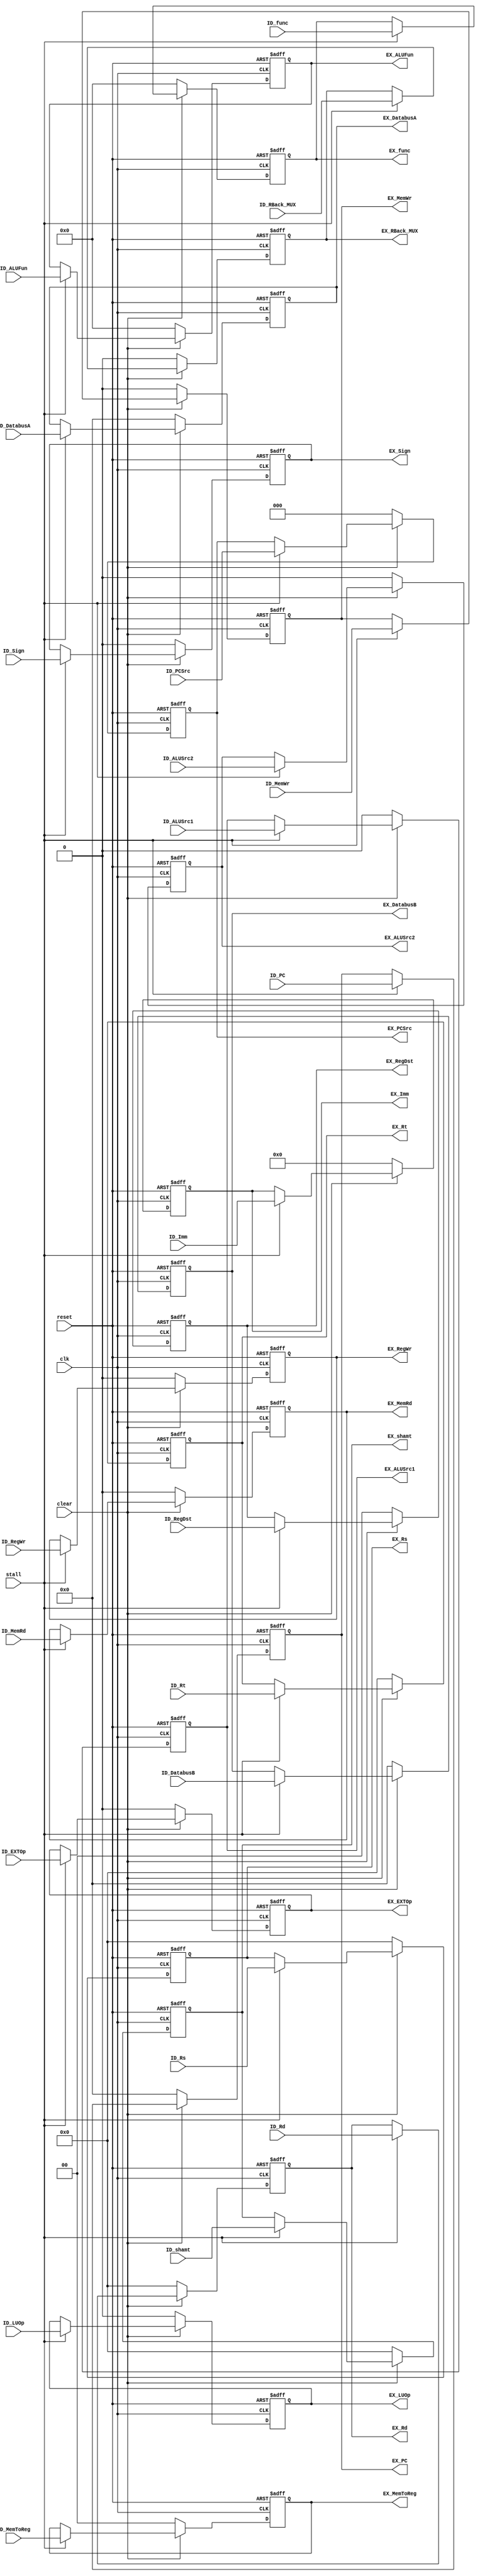
module ID_EX_Reg(  
	input clk,
	input reset,
	input clear,
	input stall,
	input [31:0] ID_PC,
	output reg [31:0] EX_PC,
	input [15:0] ID_Imm,
	output reg [15:0] EX_Imm,
	
	input [4:0] ID_Rs,output reg [4:0] EX_Rs,
	input [4:0] ID_Rt,output reg [4:0] EX_Rt,
	input [4:0] ID_Rd,output reg [4:0] EX_Rd,
	input [4:0] ID_shamt,output reg [4:0] EX_shamt,	
	//input [4:0] ID_WBreg,output [4:0] EX_WBreg
	
	//for EX
	input [5:0] ID_ALUFun,
	input 	    ID_Sign,//ALU,IDcontrol
	input 	    ID_EXTOp,//16 
	input 	    ID_LUOp,//Lui
	input 	    ID_ALUSrc1,
	input 	    ID_ALUSrc2,
	input		ID_RBack_MUX,
	output reg  [5:0]  EX_ALUFun,
	output reg 	EX_Sign,
	output reg 	EX_EXTOp,
	output reg 	EX_LUOp,
	output reg 	EX_ALUSrc1,
	output reg 	EX_ALUSrc2,
	output reg	EX_RBack_MUX,
	
	//for MEM
	input [2:0] ID_PCSrc,
	input ID_MemRd,
	input ID_MemWr,
	output reg [2:0] EX_PCSrc,
	output reg EX_MemRd,
	output reg EX_MemWr,
	
	//for WB
	input [1:0] ID_RegDst,
	input [1:0] ID_MemToReg,
	input       ID_RegWr,
	output reg  [1:0] EX_RegDst,
	output reg  [1:0] EX_MemToReg,
	output reg 	   EX_RegWr,
	
	input [31:0] ID_DatabusA,
	input [31:0] ID_DatabusB,
	output reg [31:0] EX_DatabusA,
	output reg [31:0] EX_DatabusB,
	
	input [5:0] ID_func,
	output reg [5:0] EX_func
	);
	
	always @(posedge clk or negedge reset)
	begin
		if(~reset)
		begin
			EX_PC <= 32'b0;
			EX_Imm <= 16'b0;
			EX_MemToReg <= 2'b0;
			EX_RegWr <= 1'b0;
			EX_PCSrc <= 3'b0;
			EX_MemRd <= 1'b0;
			EX_MemWr <= 1'b0;
			EX_RegDst <= 2'b0;
			EX_ALUFun <= 6'b0;
			EX_Sign <= 1'b0;
			EX_EXTOp <= 1'b0;
			EX_LUOp <= 1'b0;
			EX_ALUSrc1 <= 1'b0;
			EX_ALUSrc2 <= 1'b0;
			EX_shamt <= 5'b0;
			EX_Rs <= 5'b0;
			EX_Rt <= 5'b0;
			EX_Rd <= 5'b0;
			EX_DatabusA <= 32'b0;
			EX_DatabusB <= 32'b0;
			EX_RBack_MUX <= 0;
			EX_func <= 6'b0;
		end 
		else if(~clear)
		begin
			EX_PC <= 32'b0;
			EX_Imm <= 16'b0;
			EX_MemToReg <= 2'b0;
			EX_RegWr <= 1'b0;
			EX_PCSrc <= 3'b0;
			EX_MemRd <= 1'b0;
			EX_MemWr <= 1'b0;
			EX_RegDst <= 2'b0;
			EX_ALUFun <= 6'b0;
			EX_Sign <= 1'b0;
			EX_EXTOp <= 1'b0;
			EX_LUOp <= 1'b0;
			EX_ALUSrc1 <= 1'b0;
			EX_ALUSrc2 <= 1'b0;
			EX_shamt <= 5'b0;
			EX_Rs <= 5'b0;
			EX_Rt <= 5'b0;
			EX_Rd <= 5'b0;
			EX_DatabusA <= 32'b0;
			EX_DatabusB <= 32'b0;
			EX_func <= 6'b0;
			EX_RBack_MUX <= 0;
		end 
		else if(~stall)
		begin
			EX_PC <= EX_PC;
			EX_Imm <= EX_Imm;
			EX_MemToReg <= EX_MemToReg;
			EX_RegWr <= EX_RegWr;
			EX_PCSrc <= EX_PCSrc;
			EX_MemRd <= EX_MemRd;
			EX_MemWr <= EX_MemWr;
			EX_RegDst <= EX_RegDst;
			EX_ALUFun <= EX_ALUFun;
			EX_Sign <= EX_Sign;
			EX_EXTOp <= EX_EXTOp;
			EX_LUOp <= EX_LUOp;
			EX_ALUSrc1 <= EX_ALUSrc1;
			EX_ALUSrc2 <= EX_ALUSrc2;
			EX_shamt <= EX_shamt;
			EX_Rs <= EX_Rs;
			EX_Rt <= EX_Rt;
			EX_Rd <= EX_Rd;
			EX_DatabusA <= EX_DatabusA;
			EX_DatabusB <= EX_DatabusB;
			EX_RBack_MUX <= EX_RBack_MUX;
			EX_func <= EX_func;
		end 
		
		else
		begin
			EX_PC <= ID_PC;
			EX_Imm <= ID_Imm;
			EX_MemToReg <= ID_MemToReg;
			EX_RegWr <= ID_RegWr;
			EX_PCSrc <= ID_PCSrc;
			EX_MemRd <= ID_MemRd;
			EX_MemWr <= ID_MemWr;
			EX_RegDst <= ID_RegDst;
			EX_ALUFun <= ID_ALUFun;
			EX_Sign <= ID_Sign;
			EX_EXTOp <= ID_EXTOp;
			EX_LUOp <= ID_LUOp;
			EX_ALUSrc1 <= ID_ALUSrc1;
			EX_ALUSrc2 <= ID_ALUSrc2;
			EX_shamt <= ID_shamt;
			EX_Rs <= ID_Rs;
			EX_Rt <= ID_Rt;
			EX_Rd <= ID_Rd;
			EX_DatabusA <= ID_DatabusA;
			EX_DatabusB <= ID_DatabusB;
			EX_RBack_MUX <= ID_RBack_MUX;
			EX_func <= ID_func;
		end 
	end 
	
endmodule